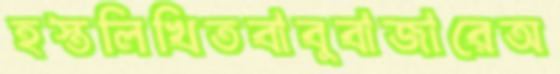
হস্তলিখিতবাবুবাজারেঅ